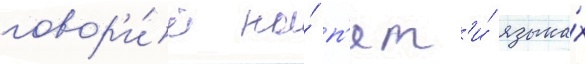
говор'и́т на́ п'ят'и́ языка́х